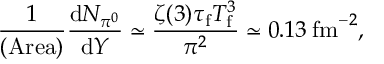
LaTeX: \frac { 1 } { \mathrm { ( A r e a ) } } \frac { \mathrm { d } N _ { \pi ^ { 0 } } } { \mathrm { d } Y } \simeq \frac { \zeta ( 3 ) \tau _ { \mathrm { f } } T _ { \mathrm { f } } ^ { 3 } } { \pi ^ { 2 } } \simeq 0 . 1 3 \: \mathrm { f m } ^ { - 2 } ,